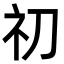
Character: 𥘉